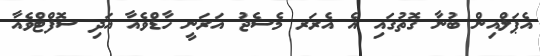
އެޕަލްއިން ބުނާ ގޮތުގައި އެ އެރަރ މެސެޖު އަރަނީ ހާޑްވެއާ އަދި ސޮފްޓްވެއާ